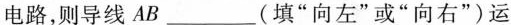
电路，则导线AB___(填”向左”或”向右”)运